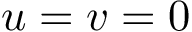
u = v = 0